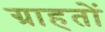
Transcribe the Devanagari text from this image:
ग्राहतों